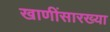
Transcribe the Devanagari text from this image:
खाणींसारख्या